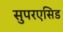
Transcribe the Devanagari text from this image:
सुपरएसिड